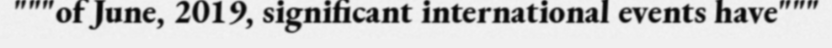
"""of June, 2019, significant international events have"""